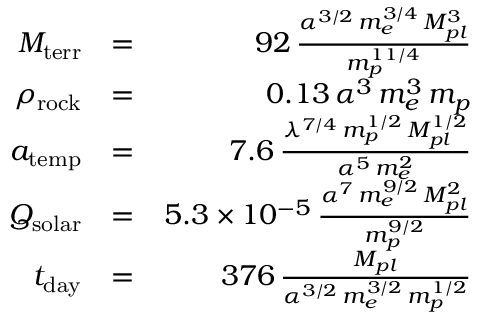
\begin{array} { r l r } { M _ { \mathrm { t e r r } } } & { = } & { 9 2 \, \frac { \alpha ^ { 3 / 2 } \, m _ { e } ^ { 3 / 4 } \, M _ { p l } ^ { 3 } } { m _ { p } ^ { 1 1 / 4 } } } \\ { \rho _ { \mathrm { r o c k } } } & { = } & { 0 . 1 3 \, \alpha ^ { 3 } \, m _ { e } ^ { 3 } \, m _ { p } } \\ { a _ { \mathrm { t e m p } } } & { = } & { 7 . 6 \, \frac { \lambda ^ { 7 / 4 } \, m _ { p } ^ { 1 / 2 } \, M _ { p l } ^ { 1 / 2 } } { \alpha ^ { 5 } \, m _ { e } ^ { 2 } } } \\ { Q _ { \mathrm { s o l a r } } } & { = } & { 5 . 3 \times 1 0 ^ { - 5 } \, \frac { \alpha ^ { 7 } \, m _ { e } ^ { 9 / 2 } \, M _ { p l } ^ { 2 } } { m _ { p } ^ { 9 / 2 } } } \\ { t _ { \mathrm { d a y } } } & { = } & { 3 7 6 \, \frac { M _ { p l } } { \alpha ^ { 3 / 2 } \, m _ { e } ^ { 3 / 2 } \, m _ { p } ^ { 1 / 2 } } } \end{array}